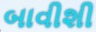
બાવીશી